Statistical return of the lunatic asylum in Assam - 1912-1932
Year: 1912
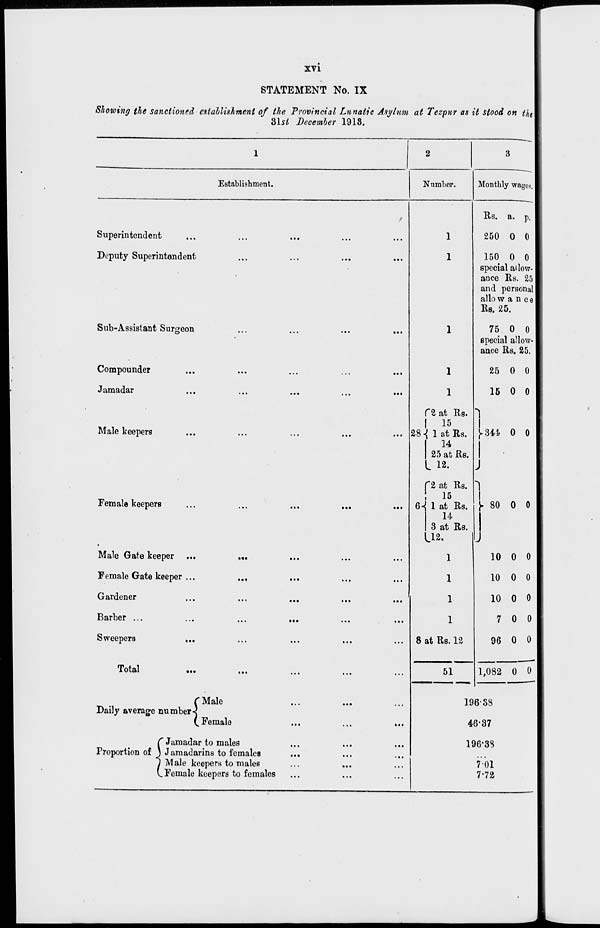
XVI
STATEMENT No. IX
Showing the sanctioned estallishment of the Provincial Lunatic Asylum at Tezpur as it stood o
21st December 1918.
Establishment.
Superintendent
Deputy Superintendent
Sub-Assistant Surgeon
Compounder
Jamadar
Male keepers
Female keepers
Male Gate keeper
Female Gate keeper ...
Gardener
Barber ...
Sweepers
...
Total
(Male
Daily average numbers
(. Female
C Jamadar to males
Proportion of ) Jamadarins to females
I Male keepers to males
V. Female keepers to females
Number.
1
1
Monthly wagos.
1
1
f 2 at Rs.
I
15
28 ■{ 1 at Rs.
14
25 at Rs.
. 12.
f2 at Rs.
!
15
6«{ 1 at Rs.
14
3 at Rs.
112-
1
1
1
8 at Rs. 12
Rs. a. p.
250 0 0
150 0 0
special allow-
ance Rs. 25
and personal
allo w a n c e
Rs. 25.
75 0 0
special allow-
ance Rs. 25.
25 0 0
15 0 0
I
j>344 0 0
1
Y 80 0 0
J
...
• I •
..I
51
10 0 0
10 0 0
10 0 o
7 0 0
96 0 0
1,082 0 0
19638
46-37
196*38
701
7-72